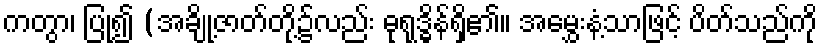
ကတွာ၊ ပြု၍ (အချို့ဇာတ်တို့၌လည်း ဓုရုဒ္ဓိန်ရှိ၏။ အမွှေးနံ့သာဖြင့် ပိတ်သည်ကို